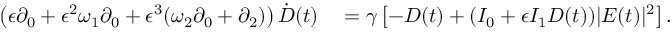
\begin{array} { r l } { \left( \epsilon \partial _ { 0 } + \epsilon ^ { 2 } \omega _ { 1 } \partial _ { 0 } + \epsilon ^ { 3 } ( \omega _ { 2 } \partial _ { 0 } + \partial _ { 2 } ) \right) \dot { D } ( t ) } & { { } = \gamma \left[ - D ( t ) + ( I _ { 0 } + \epsilon I _ { 1 } D ( t ) ) | E ( t ) | ^ { 2 } \right] . } \end{array}